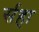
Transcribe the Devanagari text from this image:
र्सहा